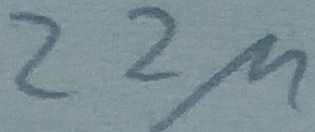
Text: 22µ